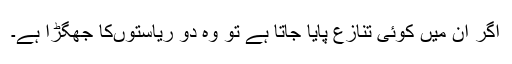
اگر ان میں کوئی تنازع پایا جاتا ہے تو وہ دو ریاستوںکا جھگڑا ہے۔